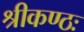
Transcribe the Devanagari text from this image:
श्रीकण्ठः